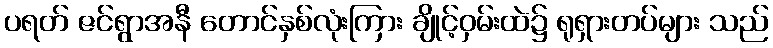
ပရတ် ဇင်ရွာအနီ တောင်နှစ်လုံးကြား ချိုင့်ဝှမ်းထဲ၌ ရုရှားတပ်များ သည်